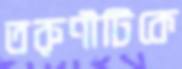
তরুণীটিকে